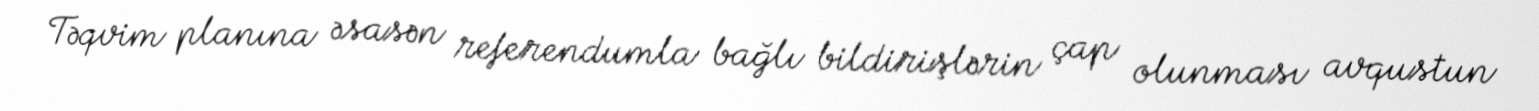
Təqvim planına əsasən referendumla bağlı bildirişlərin çap olunması avqustun